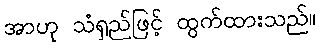
အာဟု သံရှည်ဖြင့် ထွက်ထားသည်။